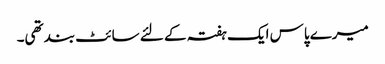
میرے پاس ایک ہفتہ کے لئے سائٹ بند تھی۔